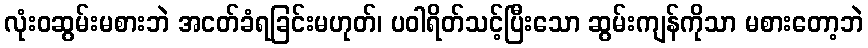
လုံးဝဆွမ်းမစားဘဲ အငတ်ခံရခြင်းမဟုတ်၊ ပဝါရိတ်သင့်ပြီးသော ဆွမ်းကျန်ကိုသာ မစားတော့ဘဲ